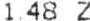
1.48 Z